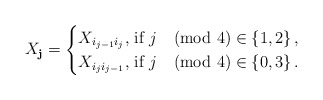
\begin{align*} X_{\mathbf{j}} = \begin{cases} X_{i_{j-1} i_{j}} \textrm{, if } j \pmod{4} \in \{1,2\} \, , \\ X_{i_{j} i_{j-1}} \textrm{, if } j \pmod{4} \in \{0,3\} \, . \end{cases}\end{align*}